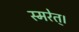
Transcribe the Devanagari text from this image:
स्मरेत्‌।